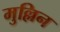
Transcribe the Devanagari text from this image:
मुल्लिन